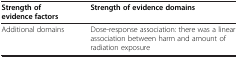
<table><thead><tr><td><b>Strength of evidence factors</b></td><td><b>Strength of evidence domains</b></td></tr></thead><tbody><tr><td>Additional domains</td><td>Dose-response association: there was a linear association between harm and amount of radiation exposure</td></tr></tbody></table>